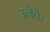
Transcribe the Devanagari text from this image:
उनेके